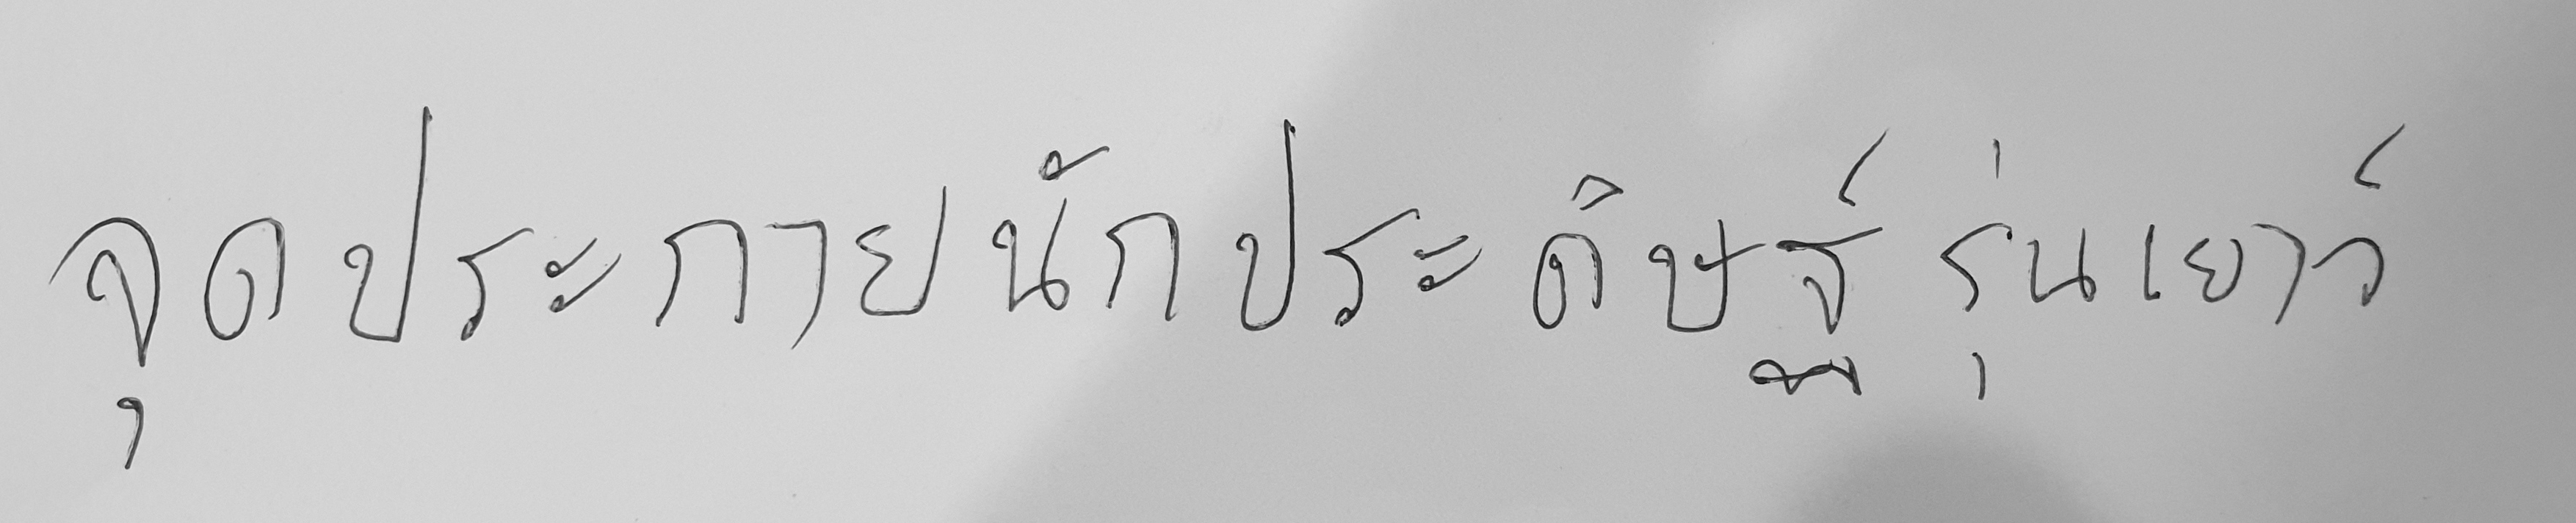
จุดประกายนักประดิษฐ์รุ่นเยาว์